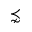
\precnsim